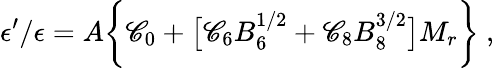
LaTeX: \epsilon^{\prime}/\epsilon=A\bigg\{ \mathscr{C}_{0}+\big[\mathscr{C}_{6}B_{6}^{1/2}+\mathscr{C}_{8}B_{8}^{3/2}\big]M_{r}\bigg\} \ ,